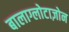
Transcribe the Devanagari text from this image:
बालाग्लोटाज़ोन